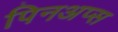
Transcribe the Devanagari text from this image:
पिनअप्स